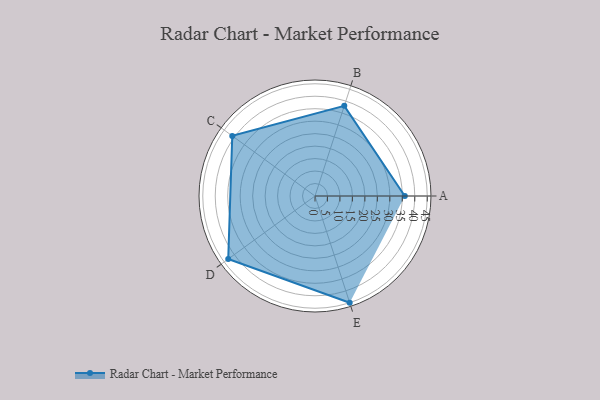
{"axis": {"x": "Skill", "y": "Score"}, "legend": ["Profile"], "data": [{"x": "A", "y": 36.0, "type": "Profile"}, {"x": "B", "y": 38.0, "type": "Profile"}, {"x": "C", "y": 41.0, "type": "Profile"}, {"x": "D", "y": 43.0, "type": "Profile"}, {"x": "E", "y": 45.0, "type": "Profile"}]}